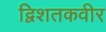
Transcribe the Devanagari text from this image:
द्विशतकवीर